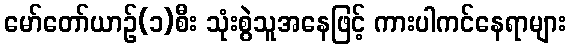
မော်တော်ယာဉ်(၁)စီး သုံးစွဲသူအနေဖြင့် ကားပါကင်နေရာများ